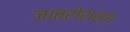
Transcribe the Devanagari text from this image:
जातरोशस्य